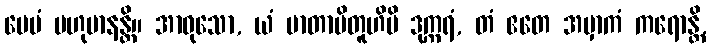
ပေမံ ဗဟုမာနန္တိ။ အာဝုသော, ယံ မာတာပိတူဟိပိ ဒုက္ကရံ, တံ ဧတေ အမှာကံ ကရောန္တိ,